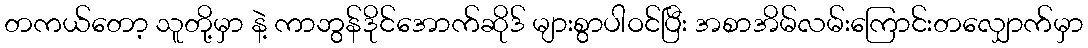
တကယ်တော့ သူတို့မှာ နဲ့ ကာဘွန်ဒိုင်အောက်ဆိုဒ် များစွာပါဝင်ပြီး အစာအိမ်လမ်းကြောင်းတလျှောက်မှာ